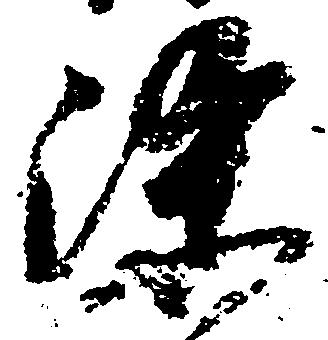
染